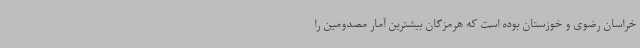
خراسان رضوی و خوزستان بوده است که هرمزگان بیشترین آمار مصدومین را